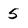
Character: 5